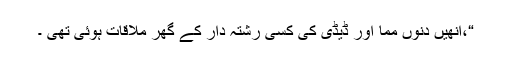
“،انھیں دنوں مما اور ڈیڈی کی کسی رشتہ دار کے گھر ملاقات ہوئی تھی ۔